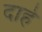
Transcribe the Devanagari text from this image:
दाहे